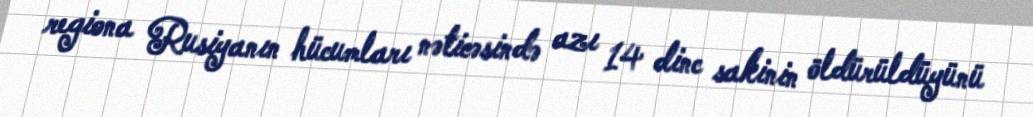
regiona Rusiyanın hücumları nəticəsində azı 14 dinc sakinin öldürüldüyünü